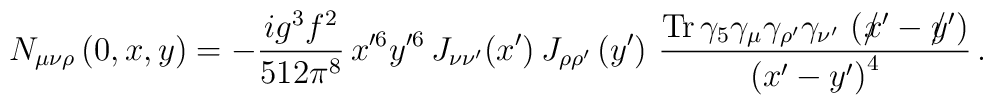
N_{\mu \nu \rho} \left(0, x, y \right) = -\frac{i g^3 f^2}  {512\pi^8}\,   x'^{6}y'^{6} \,J_{\nu\nu'}(x')\,J_{\rho      \rho'}\left({y'}\right)\,    \frac {{\rm Tr}\, \gamma_{5} \gamma_{\mu} \gamma_{\rho'} \gamma_{\nu'}\,      \left(/\hspace{-2mm}x' - /\hspace{-2mm}y' \right)} {\left( x' - y' \right)^4}\, .